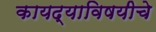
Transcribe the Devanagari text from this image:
कायद्याविषयीचे